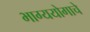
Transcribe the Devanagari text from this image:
भाग्ययोगाचे